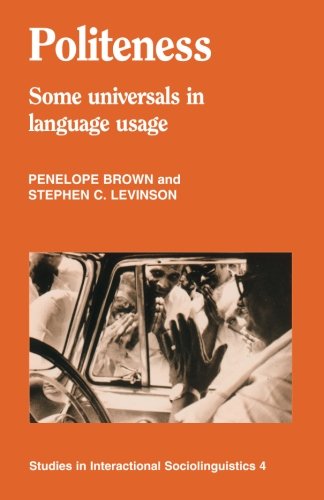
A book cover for Politeness: Some Universals in Language Usage (Studies in Interactional Sociolinguistics 4); Penelope Brown; Reference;